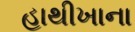
હાથીખાના